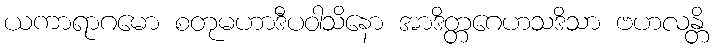
ယကာရာဂမော စတုမဟာဒီပဝါသိနော အာဒိတ္တဂေဟသဒိသာ ဗဟလန္တိ